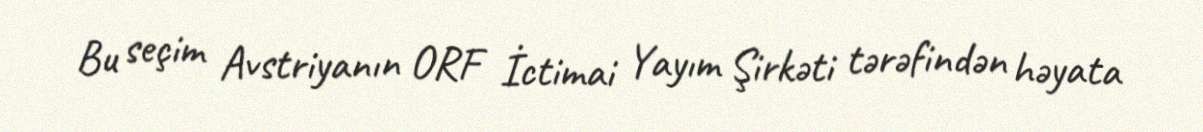
Bu seçim Avstriyanın ORF İctimai Yayım Şirkəti tərəfindən həyata